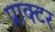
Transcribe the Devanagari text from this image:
प्राक्टर